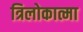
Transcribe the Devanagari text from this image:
त्रिलोकात्मा